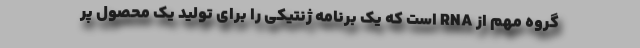
گروه مهم از RNA است که یک برنامه ژنتیکی را برای تولید یک محصول پر